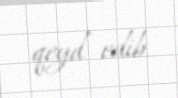
qeyd edib.